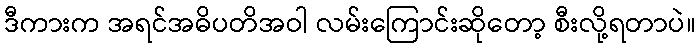
ဒီကားက အရင်အဓိပတိအဝါ လမ်းကြောင်းဆိုတော့ စီးလို့ရတာပဲ။